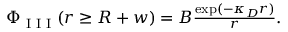
\begin{array} { r } { \Phi _ { \textrm { I I I } } ( r \geq R + w ) = B \frac { \exp ( - \kappa _ { D } r ) } { r } . } \end{array}